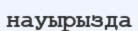
науырызда